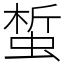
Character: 蜤